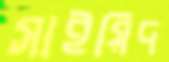
সাইয়িদ